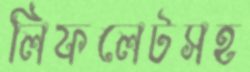
লিফলেটসহ